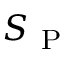
S _ { \mathrm { ~ P ~ } }